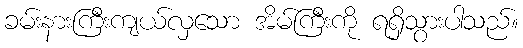
ခမ်းနားကြီးကျယ်လှသော အိမ်ကြီးကို ရရှိသွားပါသည်။